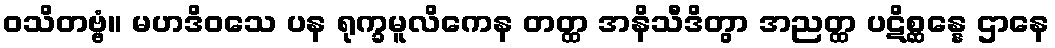
ဝသိတဗ္ဗံ။ မဟဒိဝသေ ပန ရုက္ခမူလိကေန တတ္ထ အနိသီဒိတွာ အညတ္ထ ပဋိစ္ဆန္နေ ဌာနေ